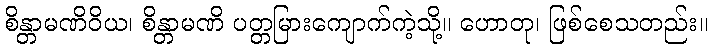
စိန္တာမဏိဝိယ၊ စိန္တာမဏိ ပတ္တမြားကျောက်ကဲ့သို့။ ဟောတု၊ ဖြစ်စေသတည်း။